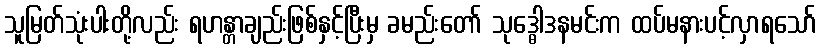
သူမြတ်သုံးပါးတို့လည်း ရဟန္တာချည်းဖြစ်နှင့်ပြီးမှ ခမည်းတော် သုဒ္ဓေါဒနမင်းက ထပ်မနားပင့်လှာရသော်